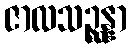
ဇာလသဉ္ဆန္နာ